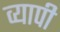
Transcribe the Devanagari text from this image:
व्‍यापी